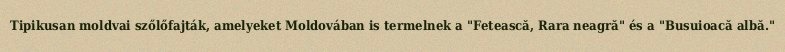
Tipikusan moldvai szőlőfajták, amelyeket Moldovában is termelnek a "Fetească, Rara neagră" és a "Busuioacă albă."